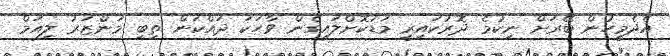
އެދެމީހުން ބޭރަށް ނިކުމެ ދޮރުކައިރީ މަޑުކޮށްލައިގެން ވާހަކަ ދައްކަން ތިބި މަންޒަރު ލިއަމް